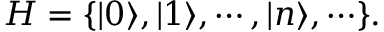
{ \cal H } = \{ | 0 \rangle , | 1 \rangle , \cdots , | n \rangle , \cdots \} .